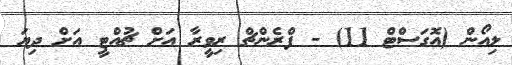
ލިއޯން (އޮގަސްޓް 11) - ފްރެންޗް ރިވީރާ އަށް ޗުއްޓީ އަށް ދިޔަ